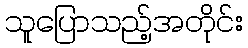
သူပြောသည့်အတိုင်း